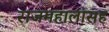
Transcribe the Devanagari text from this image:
राजमहालासह